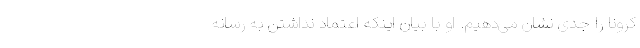
کرونا را جدی نشان می‌دهیم. او با بیان اینکه اعتماد نداشتن به رسانه